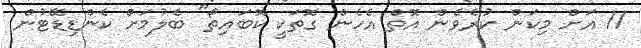
11 އަށް މިކަން ކުރެވެން އޮތް އެހެން ގޮތަކީ ކޮބައިތޯ" ބެލުމަށް ކެންޑިޑޭޓުން